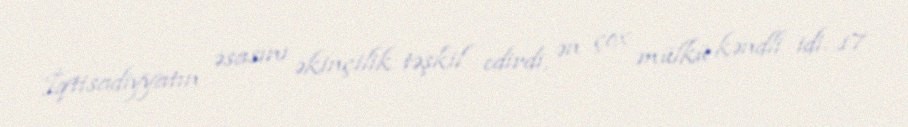
İqtisadiyyatın əsasını əkinçilik təşkil edirdi, ən çox mülkü kəndli idi. 17